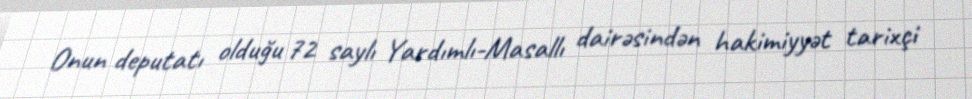
Onun deputatı olduğu 72 saylı Yardımlı-Masallı dairəsindən hakimiyyət tarixçi